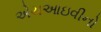
એચઆઇવીનો